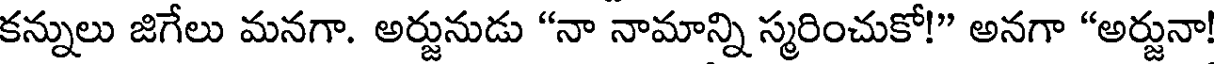
కన్నులు జిగేలు మనగా. అర్జునుడు "నా నామాన్ని స్మరించుకో!" అనగా "అర్జునా